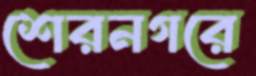
শেরনগরে